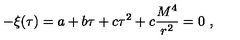
- \xi ( \tau ) = a + b \tau + c \tau ^ { 2 } + c \frac { M ^ { 4 } } { r ^ { 2 } } = 0 \ ,